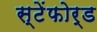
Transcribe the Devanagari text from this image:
स्टेंफोर्ड